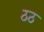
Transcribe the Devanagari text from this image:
ठठ